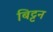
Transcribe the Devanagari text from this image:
बिट्टन